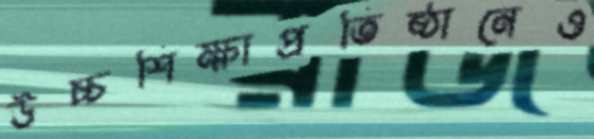
উচ্চশিক্ষাপ্রতিষ্ঠানেও